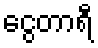
ငွေတာရီ